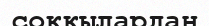
соққылардан